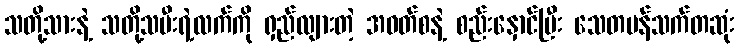
သတို့သားနဲ့ သတို့သမီးရဲ့လက်ကို ရှည်လျားတဲ့ အဝတ်စနဲ့ စည်းနှောင်ပြီး သေတပန်သက်တဆုံး